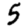
Digit: 5